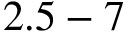
2 . 5 - 7